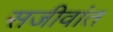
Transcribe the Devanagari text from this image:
सजीवांत